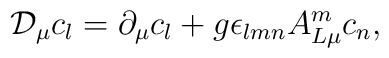
{\cal D}_\mu c_l = \partial_\mu c_l + g \epsilon_{lmn} A_{L \mu}^m c_n.